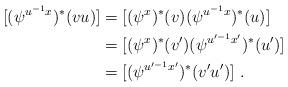
LaTeX: \begin{align*}[(\psi^{u^{-1}x})^\ast(vu)]&= [(\psi^x)^\ast(v)(\psi^{u^{-1}x})^\ast(u)] \\&= [(\psi^x)^\ast(v')(\psi^{u'^{-1}x'})^\ast(u')] \\&= [(\psi^{u'^{-1}x'})^\ast(v'u')]\ .\end{align*}